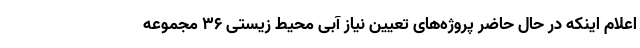
اعلام اینکه در حال حاضر پروژه‌های تعیین نیاز آبی محیط زیستی ۳۶ مجموعه